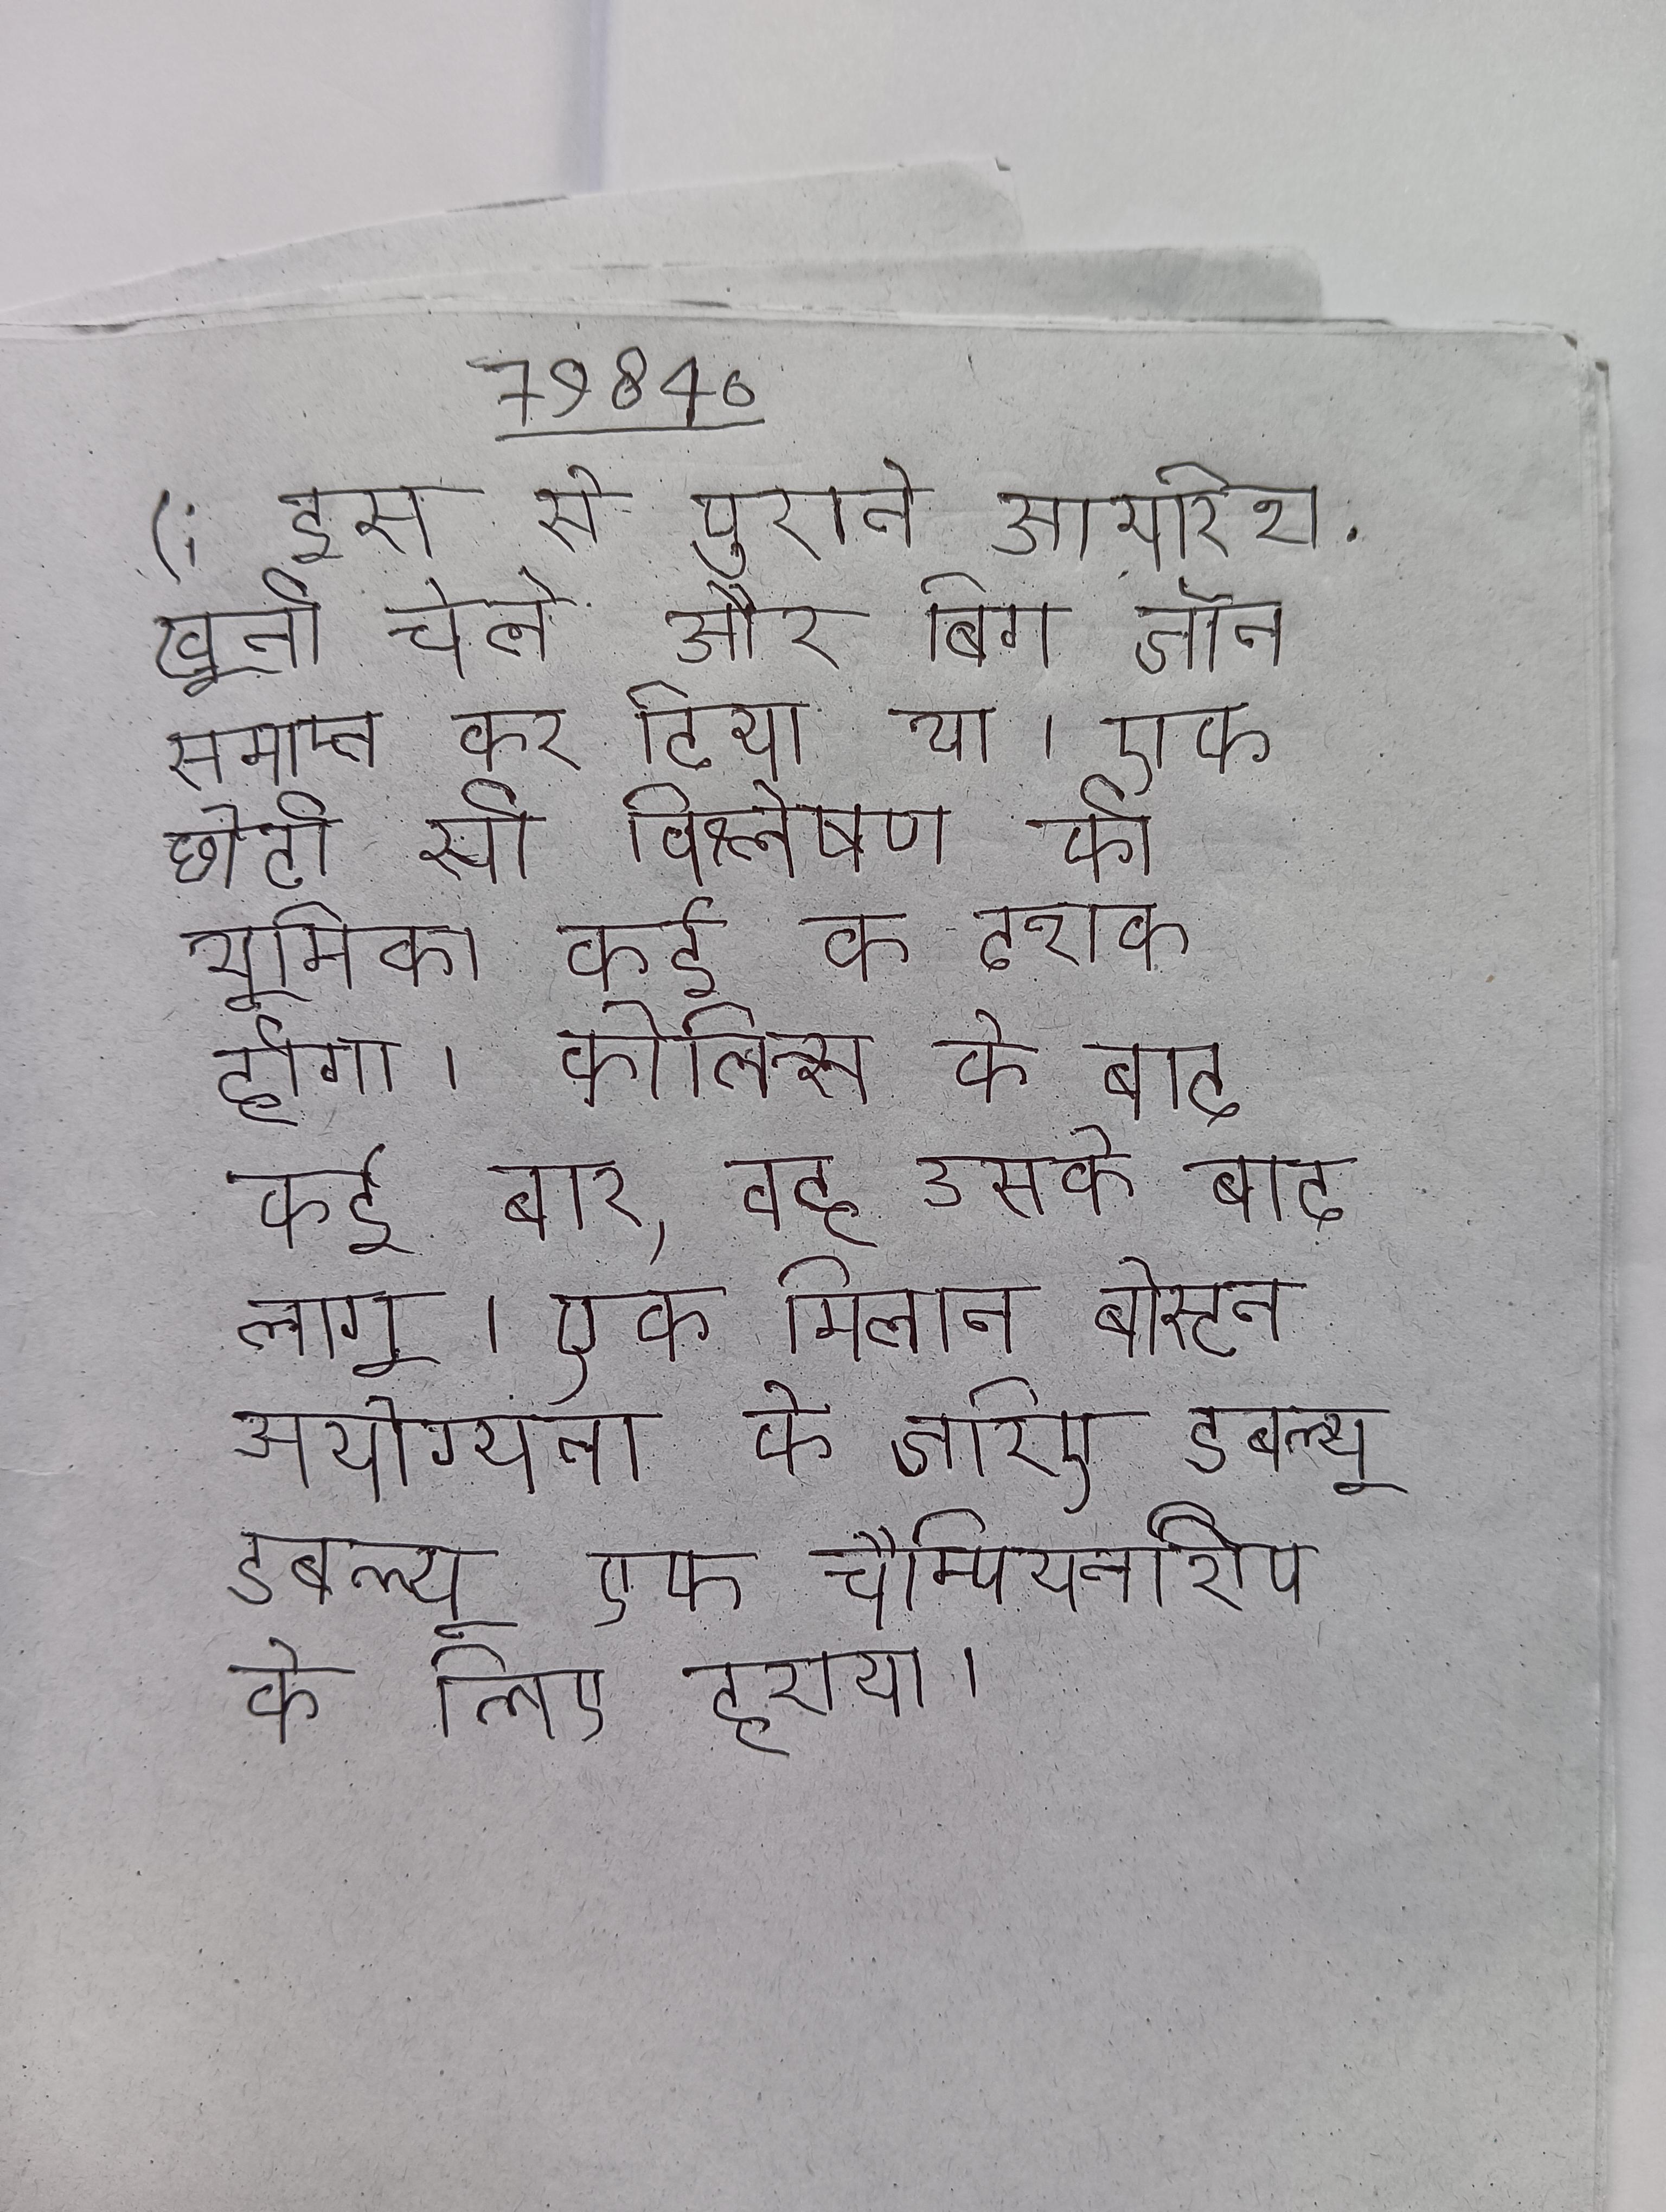
(; इस से पुराने आयरिश . खूनी चेले और बिग जॉन समाप्त कर दिया गया था । एक छोटी सी विश्लेषण की भूमिका कई के दशक होगा । कोलिन्स के बाद कई बार, वह उसके बाद लागू । एक मिलान बोस्टन अयोग्यता के जरिए डबल्यू डबल्यू एफ चैम्पियनशिप के लिए हराया ।